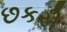
છકરી